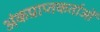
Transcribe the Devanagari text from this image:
अंकप्राप्तकर्ताओं